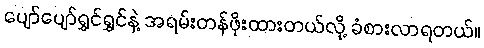
ပျော်ပျော်ရွှင်ရွှင်နဲ့ အရမ်းတန်ဖိုးထားတယ်လို့ ခံစားလာရတယ်။